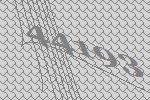
44193